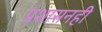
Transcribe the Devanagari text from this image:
प्रशासनही